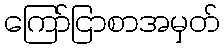
ကြော်ငြာစာအမှတ်